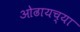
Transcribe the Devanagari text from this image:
ओढायच्या